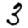
Digit: 3